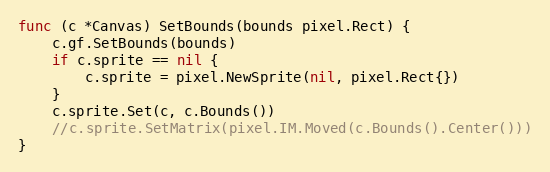
Language: Go
func (c *Canvas) SetBounds(bounds pixel.Rect) {
	c.gf.SetBounds(bounds)
	if c.sprite == nil {
		c.sprite = pixel.NewSprite(nil, pixel.Rect{})
	}
	c.sprite.Set(c, c.Bounds())
	//c.sprite.SetMatrix(pixel.IM.Moved(c.Bounds().Center()))
}